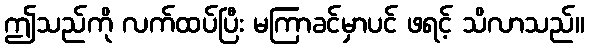
ဤသည်ကို လက်ထပ်ပြီး မကြာခင်မှာပင် ဖရင့် သိလာသည်။